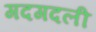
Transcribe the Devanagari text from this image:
गदगदली